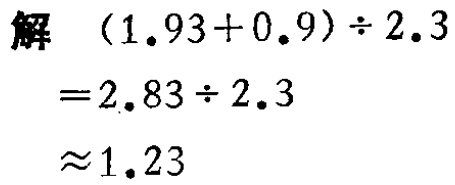
解 \((1.93 + 0.9)\div2.3\)

\(= 2.83\div2.3\)

\(\approx1.23\)